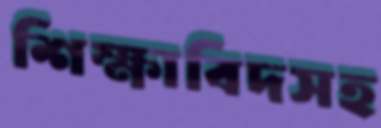
শিক্ষাবিদসহ